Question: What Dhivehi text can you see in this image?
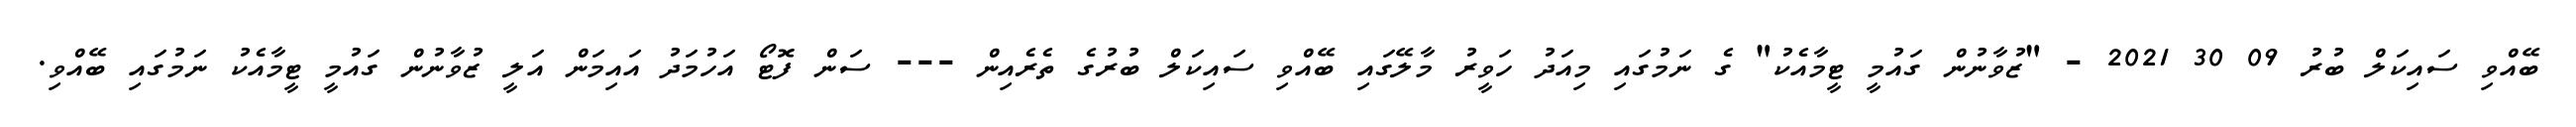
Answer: ބޭއްވި ސައިކަލް ބުރު 09 30 2021 - "ޒުވާނުން ގައުމީ ޓީމާއެކު" ގެ ނަމުގައި މިއަދު ހަވީރު މާލޭގައި ބޭއްވި ސައިކަލް ބުރުގެ ތެރެއިން --- ސަން ފޮޓޯ އަހުމަދު އައިމަން އަލީ ޒުވާނުން ގައުމީ ޓީމާއެކު ނަމުގައި ބޭއްވި.